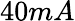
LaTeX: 40mA